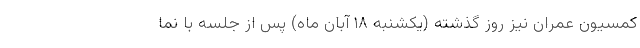
کمسیون عمران نیز روز گذشته (یکشنبه ۱۸ آبان ماه) پس از جلسه با نما